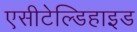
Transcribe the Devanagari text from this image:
एसीटेल्डिहाइड